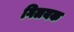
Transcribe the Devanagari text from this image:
गिलयक